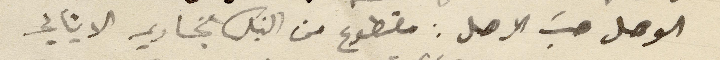
الوصل حسبَ الاصل: مقطوع من البنك التجاري الايتالي